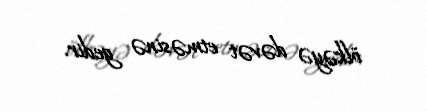
ölkəyə dəvət etməsinə gedir.